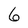
Character: 6